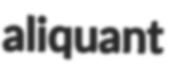
aliquant